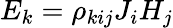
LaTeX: E_{k}=\rho_{kij}J_{i}H_{j}